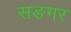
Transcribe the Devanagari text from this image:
सङगर